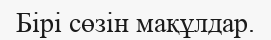
Бірі сөзін мақұлдар.